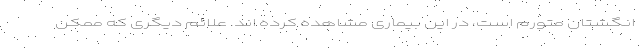
انگشتان متورم است، در این بیماری مشاهده کرده اند. علائم دیگری که ممکن